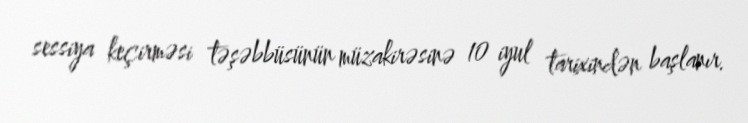
sessiya keçirməsi təşəbbüsünün müzakirəsinə 10 iyul tarixindən başlanır.